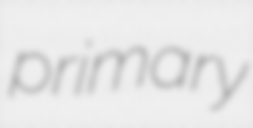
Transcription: primary